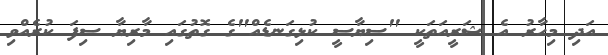
އަދި މިހާރު އެ ޝަރީއަތަކީ "ސިޔާސީ ކުޅިގަނޑެއް"ގެ ގޮތުގައި މާރިޔާ ސިފަ ކުރެއްވި